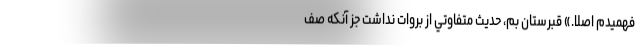
فهميدم اصلا.» قبرستان بم، حديث متفاوتي از بروات نداشت جز آنكه صف